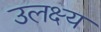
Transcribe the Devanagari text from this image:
उलक्ष्य